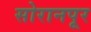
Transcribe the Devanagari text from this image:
सोरानपूर